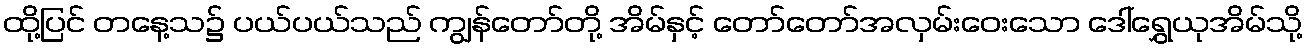
ထို့ပြင် တနေ့သ၌ ပယ်ပယ်သည် ကျွန်တော်တို့ အိမ်နှင့် တော်တော်အလှမ်းဝေးသော ဒေါ်ရွှေယုအိမ်သို့